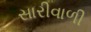
સારીવાળી